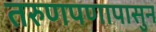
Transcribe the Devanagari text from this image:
तरुणपणापासुन